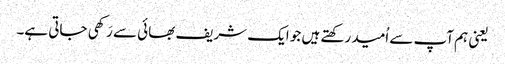
یعنی ہم آپ سے اُمید رکھتے ہیں جو ایک شریف بھائی سے رَکھی جاتی ہے۔